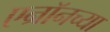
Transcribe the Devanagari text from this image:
एन्रॉनच्या